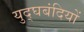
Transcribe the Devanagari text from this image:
युद्घबंदियों